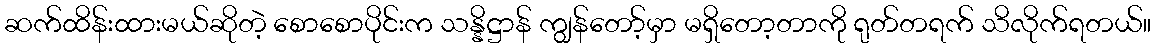
ဆက်ထိန်းထားမယ်ဆိုတဲ့ စောစောပိုင်းက သန္နိဋ္ဌာန် ကျွန်တော့်မှာ မရှိတော့တာကို ရုတ်တရက် သိလိုက်ရတယ်။